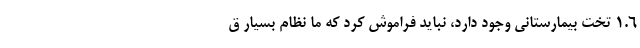
۱.۶ تخت بیمارستانی وجود دارد، نباید فراموش کرد که ما نظام بسیار ق